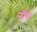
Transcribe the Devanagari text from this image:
नींद।